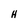
Character: H